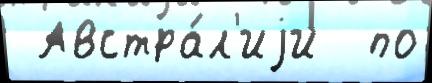
 Австра́л'иjи  по